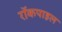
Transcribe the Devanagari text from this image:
रॉकपाइल